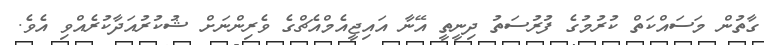
ގާތުން މަސައްކަތް ކުރުމުގެ ފުރުސަތު ދިނީތީ އޭނާ އައިޖީއެމްއެޗްގެ ވެރިންނަށް ޝުކުރުއަދާކުރެއްވި އެވެ.